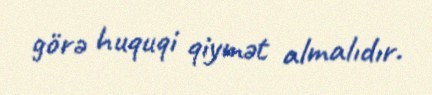
görə huquqi qiymət almalıdır.